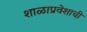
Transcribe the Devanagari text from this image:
शाळाप्रवेशाची